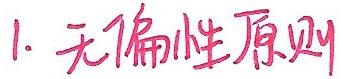
1. 无偏性原则